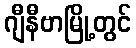
ဂျီနီဗာမြို့တွင်